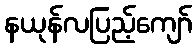
နယုန်လပြည့်ကျော်